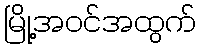
မြို့အဝင်အထွက်